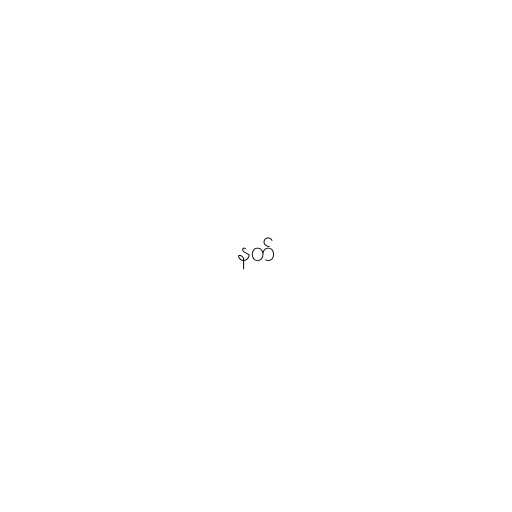
နတ်